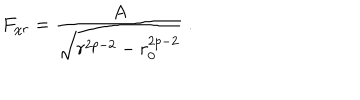
LaTeX: F _ { \chi r } = \frac { A } { \sqrt { r ^ { 2 p - 2 } - r _ { 0 } ^ { 2 p - 2 } } } \ .